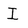
Character: I